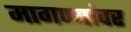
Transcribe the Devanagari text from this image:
मागण्यांवर